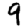
Digit: 9